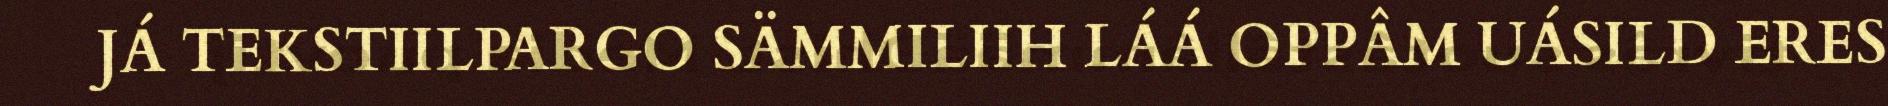
JÁ TEKSTIILPARGO SÄMMILIIH LÁÁ OPPÂM UÁSILD ERES